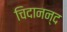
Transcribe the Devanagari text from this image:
चिदानन्‍द